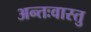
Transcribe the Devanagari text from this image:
अन्तःवास्तु